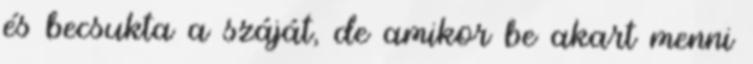
és becsukta a száját, de amikor be akart menni